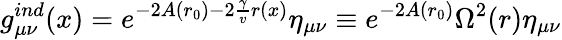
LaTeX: g_{\mu\nu}^{ind}(x)=e^{-2A(r_{0})-2\frac{\gamma}{v}r(x)}\eta_{\mu\nu}\equiv e^{-2A(r_{0})}\Omega^{2}(r)\eta_{\mu\nu}